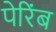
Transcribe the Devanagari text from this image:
पेरिंब